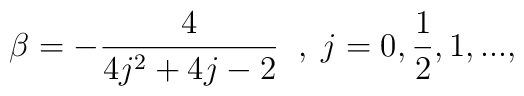
\beta = -\frac{4}{4j^2 + 4j - 2} \; \; , \; j = 0, \frac{1}{2}, 1, ...,